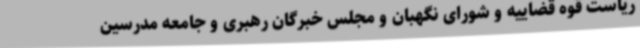
ریاست قوه قضاییه و شورای نگهبان و مجلس خبرگان رهبری و جامعه مدرسین